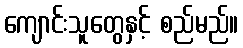
ကျောင်းသူတွေနှင့် စည်မည်။